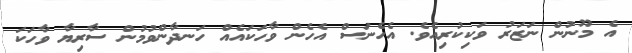
އެ މޫނުން ނަޒަރު ވަކިކުރިއެވެ. އެހެނަސް އެހެން ވާހަކައެއް ހަނދާންވުމުން ސާރިޔާ ވާހަކަ